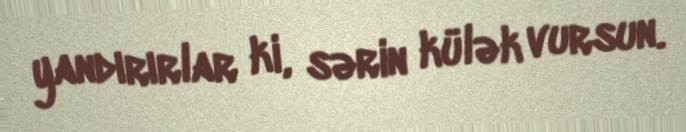
yandırırlar ki, sərin külək vursun.